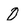
Character: 0